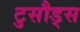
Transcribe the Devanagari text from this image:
टुसौड्स